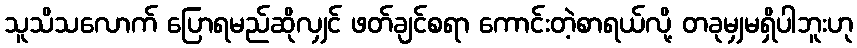
သူသိသလောက် ပြောရမည်ဆိုလျှင် ဖတ်ချင်စရာ ကောင်းတဲ့စာရယ်လို့ တခုမျှမရှိပါဘူးဟု